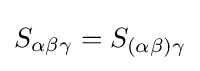
S_{\alpha \beta \gamma }=S_{(\alpha \beta )\gamma }